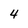
Character: 4